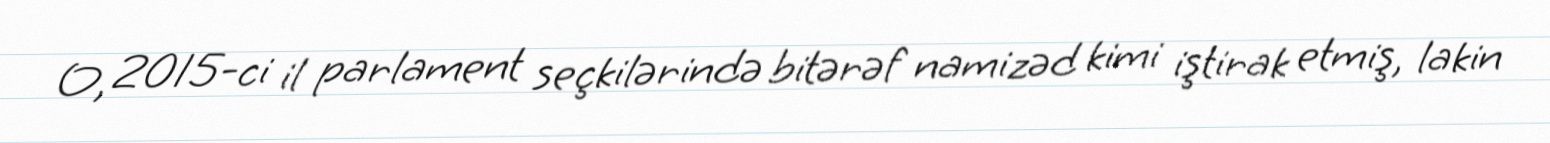
O, 2015-ci il parlament seçkilərində bitərəf namizəd kimi iştirak etmiş, lakin